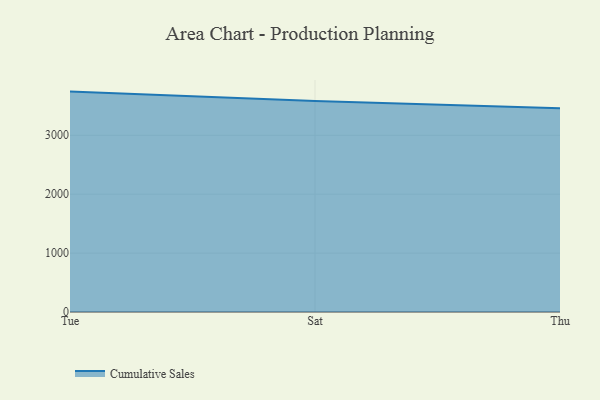
{"axis": {"x": "Day", "y": "Active Users"}, "legend": ["Cumulative Sales"], "data": [{"x": "Tue", "y": 3741.7, "type": "Cumulative Sales"}, {"x": "Sat", "y": 3580.3, "type": "Cumulative Sales"}, {"x": "Thu", "y": 3459.2, "type": "Cumulative Sales"}]}